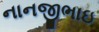
નાનજીભાઇ